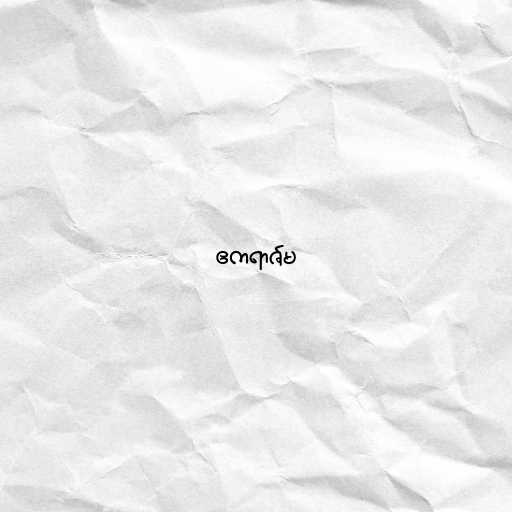
ဧကရာဇ်မ